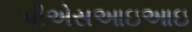
પીએસઆઇઆઇ